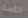
حاسة